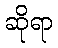
ဆိုရာ